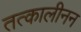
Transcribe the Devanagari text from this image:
तत्कालीनन